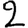
Digit: 2